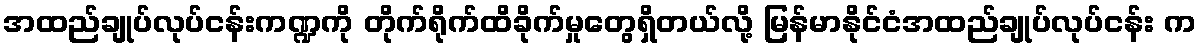
အထည်ချုပ်လုပ်ငန်းကဏ္ဍကို တိုက်ရိုက်ထိခိုက်မှုတွေရှိတယ်လို့ မြန်မာနိုင်ငံအထည်ချုပ်လုပ်ငန်း က